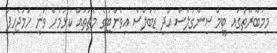
މިމުބާރާތުގައި ޓީމް ސިންގަލްސް އަދި ޑަބަލްސް އިވެންޓުގެ މެޗުތައް ކުޅުމަށް ވަނީ ހަމަޖެހިފަ